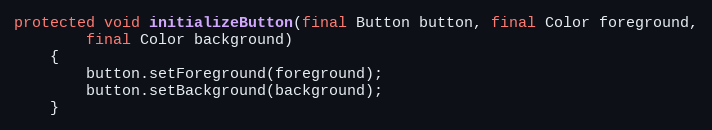
Language: Java
protected void initializeButton(final Button button, final Color foreground,
		final Color background)
	{
		button.setForeground(foreground);
		button.setBackground(background);
	}